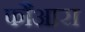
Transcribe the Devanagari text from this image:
फौआरा